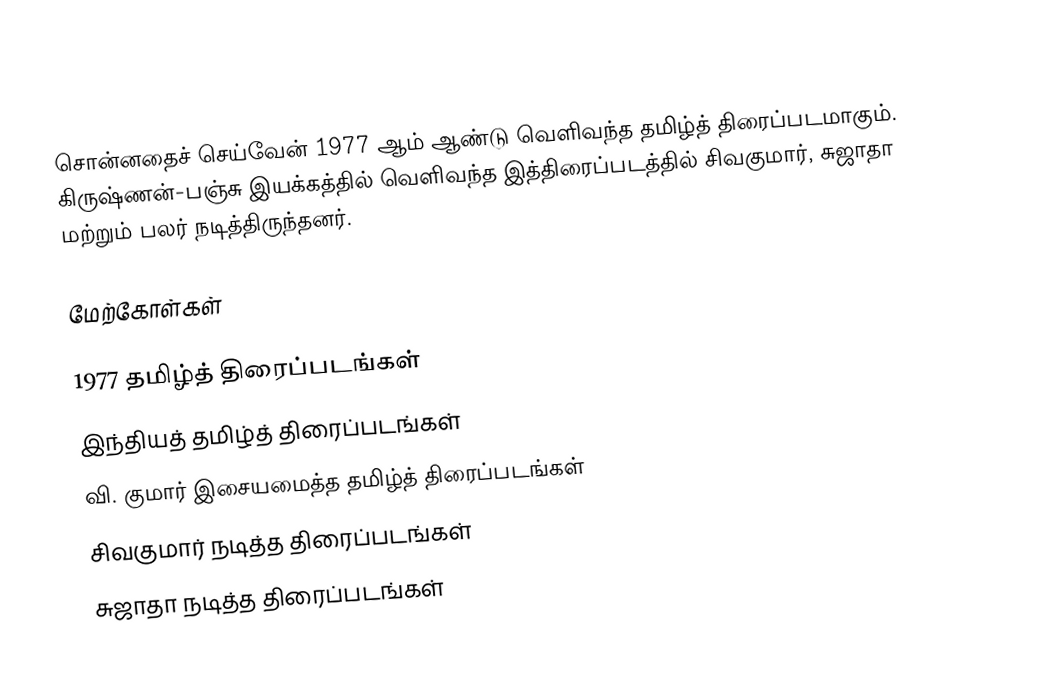
சொன்னதைச் செய்வேன் 1977 ஆம் ஆண்டு வெளிவந்த தமிழ்த் திரைப்படமாகும். கிருஷ்ணன்-பஞ்சு இயக்கத்தில் வெளிவந்த இத்திரைப்படத்தில் சிவகுமார், சுஜாதா மற்றும் பலர் நடித்திருந்தனர்.

மேற்கோள்கள்

1977 தமிழ்த் திரைப்படங்கள்
இந்தியத் தமிழ்த் திரைப்படங்கள்
வி. குமார் இசையமைத்த தமிழ்த் திரைப்படங்கள்
சிவகுமார் நடித்த திரைப்படங்கள்
சுஜாதா நடித்த திரைப்படங்கள்